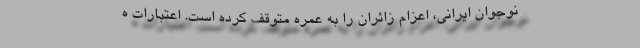
نوجوان ایرانی، اعزام زائران را به عمره متوقف کرده است. اعتبارات ه